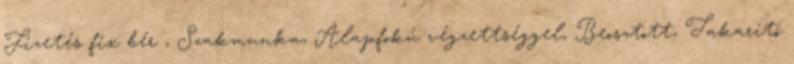
Fizetés fix bér , Szakmunka, Alapfokú végzettséggel, Beosztott, Takarító